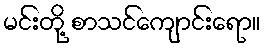
မင်းတို့ စာသင်ကျောင်းရော။